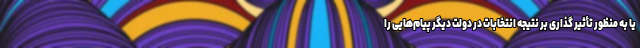
یا به منظور تأثیر گذاری بر نتیجه انتخابات در دولت دیگر پیام‌هایی را